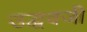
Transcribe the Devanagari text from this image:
उद्धवजी